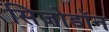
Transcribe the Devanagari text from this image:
सिज़ोडॉन